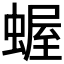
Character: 𧎜